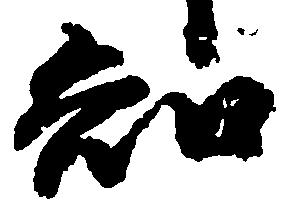
知